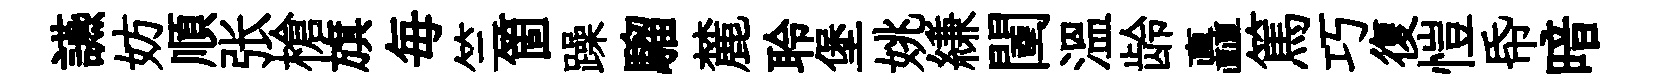
讌妨順张槍旗毎竺箇躁騮麓聆堡姚縑闉温龄矗篤巧復愷帋暗